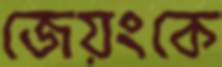
জেয়ংকে